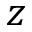
z